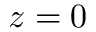
z = 0